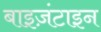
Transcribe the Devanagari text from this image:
बाइज़ंटाइन